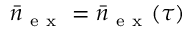
\bar { n } _ { \mathrm { ~ e ~ x ~ } } = \bar { n } _ { \mathrm { ~ e ~ x ~ } } ( \tau )